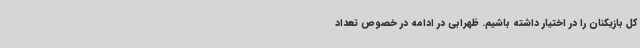
کل بازیکنان را در اختیار داشته باشیم. ظهرابی در ادامه در خصوص تعداد